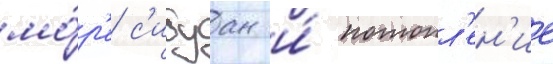
мо́р'е с'ибуан и́ потопл'ен'ие